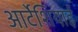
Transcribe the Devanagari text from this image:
आर्टेशियाई